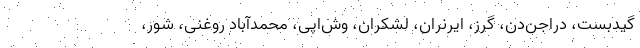
گیدبست، دراجن‌دن، گرز، ایرنران، لشکران، وش‌اپی، محمدآباد روغنی، شور،